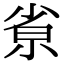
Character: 𡭽